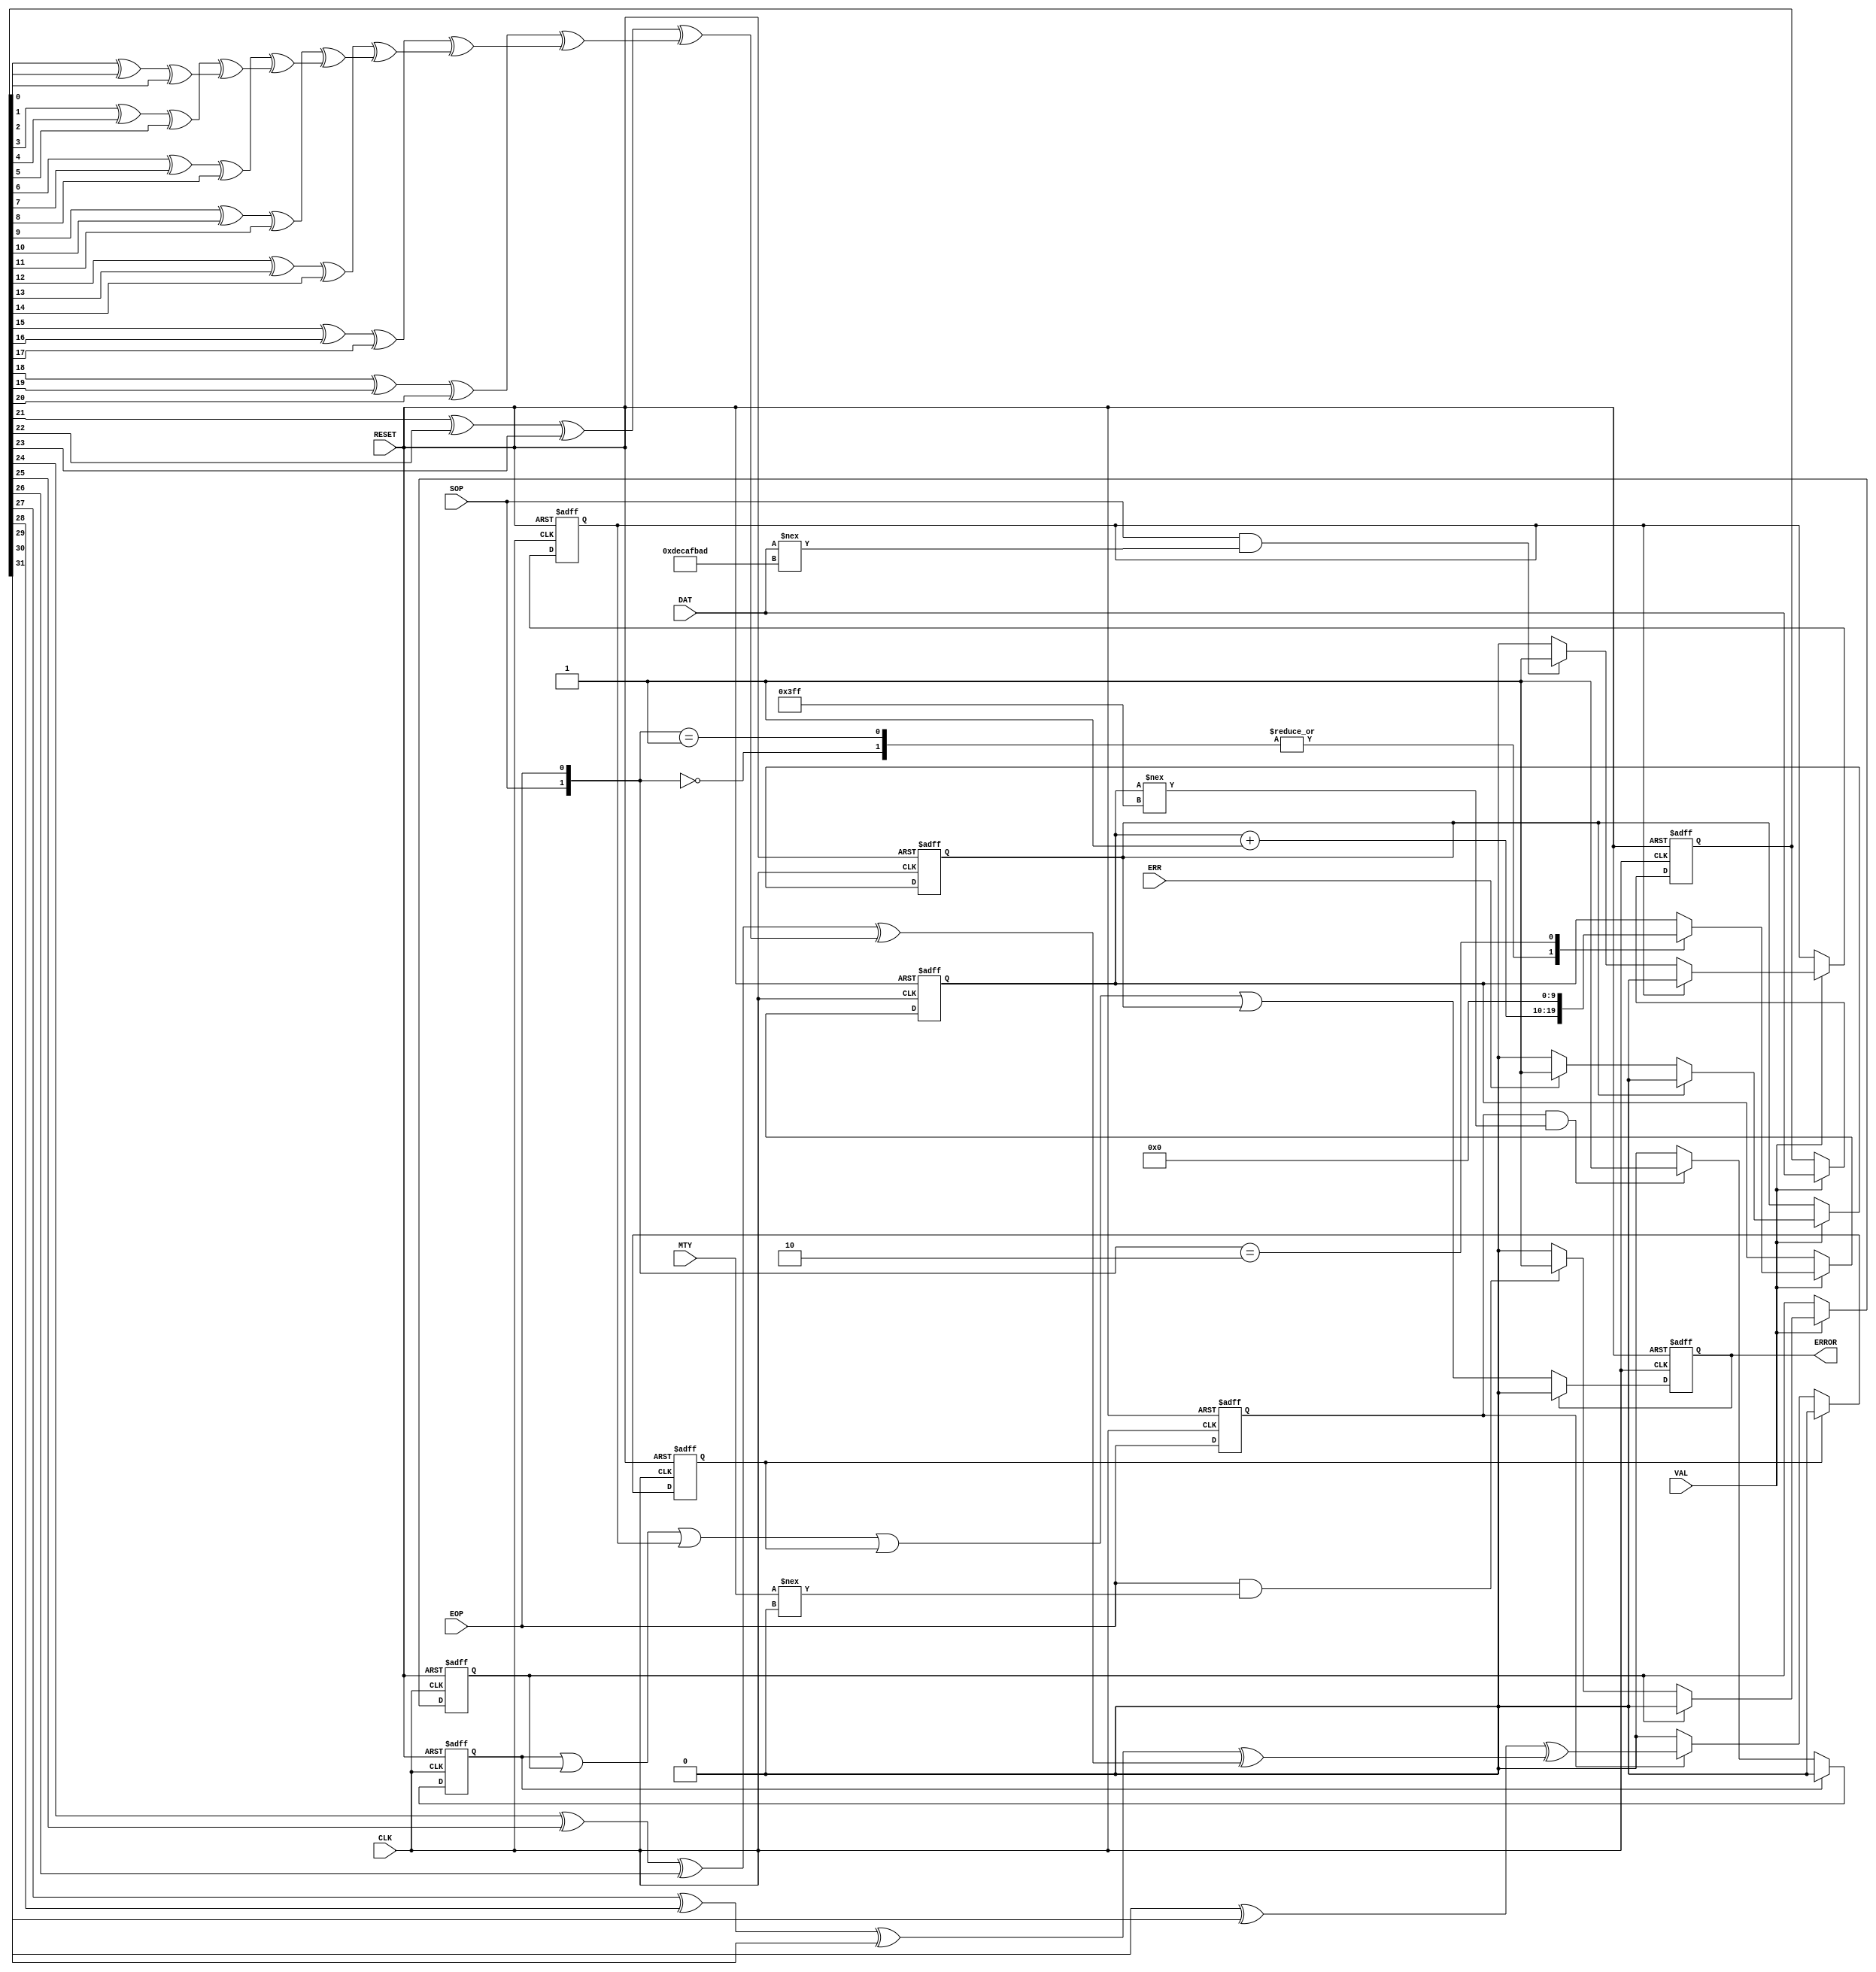
//------------------------------------------------------------------------------
//
// Title    :  SPI3 RX packet checker
//
// Description
// ===========
// - checks the following:
//     (a)  packet length is 1024 words
//     (b)  MTY field is always "00"
//     (c)  SOP WORD = "DECAFBAD"
//     (d)  Check Parity on EOP WORD
//     (e)  ERR is not asserted
// - On error assert ERROR for 1 clock cycle
//
//
// Conventions
// ===========
// - Port names are 'UPPER' case.
// - Internal signals and variables are 'lower' case.
// - Active low signals are identified with '_n' or '_N'.
// - instances begin with lower case 'i', rest upper case
// - parameters begin with lower case 'p', rest upper case
// - tasks begin with lower case 't', rest upper case
// - functions begin with lower case 'f', rest upper case
//
// Tab setting = 3
// Right Margin = 80
//
//------------------------------------------------------------------------------
// Revision History :
//------------------------------------------------------------------------------
// Version No | Author | Changes Made:                              | Mod. Date
//------------------------------------------------------------------------------
//   v1.0     | mk     | First write                                | 00/00/00
//------------------------------------------------------------------------------
`timescale 1 ns/1 ps


//------------------------------------------------------------------------------
//  Include Files
//------------------------------------------------------------------------------


//------------------------------------------------------------------------------
//  Local Defines
//------------------------------------------------------------------------------


//------------------------------------------------------------------------------
//  Module declaration
//------------------------------------------------------------------------------
module PACKET_CHECK
(
   input  wire        CLK,
   input  wire        RESET,
   input  wire        VAL,
   input  wire        SOP,
   input  wire        EOP,
   input  wire        ERR,
   input  wire  [1:0] MTY,
   input  wire [31:0] DAT,
   output reg         ERROR
);


//------------------------------------------------------------------------------
//  Parameter declarations
//------------------------------------------------------------------------------


//------------------------------------------------------------------------------
//  Variable declarations
//------------------------------------------------------------------------------
reg length_error;          // packet length error flag
reg parity_error;          // check parity on last word
reg mty_error;             // MTY error flag
reg sop_error;             // SOP data word error flag
reg err_error;             // ERR error flag

reg [9:0] count;           // counter for packet count
reg [31:0] last_data;		// last data word register
reg eop_delayed;           // EOP signal delayed 1 clock cycle

wire parity0  /* synthesis keep */;
wire parity1  /* synthesis keep */;
wire parity2  /* synthesis keep */;
wire parity3  /* synthesis keep */;
wire parity4  /* synthesis keep */;
wire parity5  /* synthesis keep */;
wire parity6  /* synthesis keep */;
wire parity7  /* synthesis keep */;
wire parity8  /* synthesis keep */;
wire parity9  /* synthesis keep */;
wire parity10 /* synthesis keep */;
integer i;


//------------------------------------------------------------------------------
//  Begin Module
//------------------------------------------------------------------------------

// delay EOP signal 1 clock cycle
always @(posedge CLK or posedge RESET)
begin
   if(RESET) begin
      eop_delayed <= 1'b0;
   end
   else begin
      eop_delayed <= EOP;
   end
end


//-------------------------------------
// length check logic
// -> use a counter to count # of words
// -> start count on SOP &
//		end count on EOP
// -> assert length_error if count not
//    equal to 1024
// -> generate a 1 clock wide pulse
//-------------------------------------
always @(posedge CLK or posedge RESET)
begin
   if(RESET) begin
      count 		 <= 10'd0;
      length_error <= 1'b0;
   end
   else begin
      if(VAL == 1'b1) begin
         // counter logic
         case({SOP, EOP})
            2'b00:    count <= count + 10'd1;   // no SOP & EOP, increment
            2'b01:    count <= count + 10'd1;   // EOP, still increment
            2'b10:    count <= 10'd0;           // SOP, reset counter
            2'b11:    ; 								// invalid condition, do nothing
            default:  ;	 								// all cases covered, do nothing
         endcase
      end

      // error check logic
      // -> generate a 1 clock wide pulse
      if(length_error == 1'b1)
         length_error <= 1'b0;   // clear if already set, limit to 1 clock
      else if((eop_delayed == 1'b1) && (count !== 10'b11_1111_1111))
         length_error <= 1'b1;   // assert on error
   end
end


//-------------------------------------
// MTY check logic
// -> assert error if MTY != "00"
// -> MTY only valid on EOP
// -> generate a 1 clock wide pulse
//-------------------------------------
always @(posedge CLK or posedge RESET)
begin
   if(RESET) begin
      mty_error <= 1'b0;
   end
   else begin
      if(VAL == 1'b1) begin
         if(mty_error == 1'b1)
            mty_error <= 1'b0;      // clear if already set, limit to 1 clock
         else if((EOP == 1'b1) && (MTY !== 2'b00))
            mty_error <= 1'b1;      // assert on error
      end
   end
end


//-------------------------------------
// SOP check logic
// -> assert error if SOP data != "DECAFBAD"
// -> only valid on SOP
// -> generate a 1 clock wide pulse
//-------------------------------------
always @(posedge CLK or posedge RESET)
begin
   if(RESET) begin
      sop_error <= 1'b0;
   end
   else begin
      if(VAL == 1'b1) begin
         if(sop_error == 1'b1)
            sop_error <= 1'b0;      // clear if already set, limit to 1 clock
         else if((SOP == 1'b1) && (DAT !== 32'hDECAFBAD))
            sop_error <= 1'b1;      // assert on error
      end
   end
end


//-------------------------------------
// Last word parity check logic
// -> assert parity of last data word
// -> generate a 1 clock wide pulse
//-------------------------------------

assign parity0  = last_data[ 0] ^ last_data[ 1] ^ last_data[ 2];
assign parity1  = last_data[ 3] ^ last_data[ 4] ^ last_data[ 5] ^ parity0;
assign parity2  = last_data[ 6] ^ last_data[ 7] ^ last_data[ 8] ^ parity1;
assign parity3  = last_data[ 9] ^ last_data[10] ^ last_data[11] ^ parity2;
assign parity4  = last_data[12] ^ last_data[13] ^ last_data[14] ^ parity3;
assign parity5  = last_data[15] ^ last_data[16] ^ last_data[17] ^ parity4;
assign parity6  = last_data[18] ^ last_data[19] ^ last_data[20] ^ parity5;
assign parity7  = last_data[21] ^ last_data[22] ^ last_data[23] ^ parity6;
assign parity8  = last_data[24] ^ last_data[25] ^ last_data[26] ^ parity7;
assign parity9  = last_data[27] ^ last_data[28] ^ last_data[29] ^ parity8;
assign parity10 = last_data[30] ^ last_data[31] ^ parity9;

always @(posedge CLK or posedge RESET)
begin
   if(RESET) begin
      parity_error  <= 1'b0;
      last_data     <= 32'd0;
   end
   else begin
      if(VAL == 1'b1) begin
         // store previous data continually
         // -> data will be qualified by "eop_delayed" signal
         last_data[31:0]  <= DAT;
      end

		if(parity_error == 1'b1)
         parity_error <= 1'b0;
      else if(eop_delayed == 1'b1)
         parity_error <= parity10;
   end
end


//-------------------------------------
// ERR check logic
// -> assert error if ERR is asserted
// -> generate a 1 clock wide pulse
//-------------------------------------
always @(posedge CLK or posedge RESET)
begin
   if(RESET) begin
      err_error <= 1'b0;
   end
   else begin
      if(VAL == 1'b1) begin
         if(err_error == 1'b1)
            err_error <= 1'b0;      // clear if already set, limit to 1 clock
         else if(ERR == 1'b1)
            err_error <= 1'b1;      // assert on error
      end
   end
end


//-------------------------------------
// ERROR output logic
// -> assert error if any error condition
//    active
// -> generate a 1 clock wide pulse
//-------------------------------------
always @(posedge CLK or posedge RESET)
begin
   if(RESET) begin
      ERROR <= 1'b0;
   end
   else begin
      if(ERROR == 1'b1)
         ERROR <= 1'b0;           // clear if already set, limit to 1 clock
      else
         ERROR <= length_error || // assert on error
						mty_error    ||
						sop_error    ||
                  parity_error ||
						err_error;
   end
end

//------------------------------------------------------------------------------
endmodule
//------------------------------------------------------------------------------